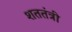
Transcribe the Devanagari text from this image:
शततंत्री